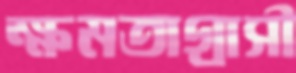
ক্ষমতাগ্রাসী